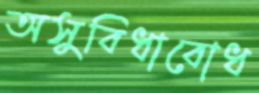
অসুবিধাবোধ